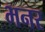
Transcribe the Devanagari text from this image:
भनर